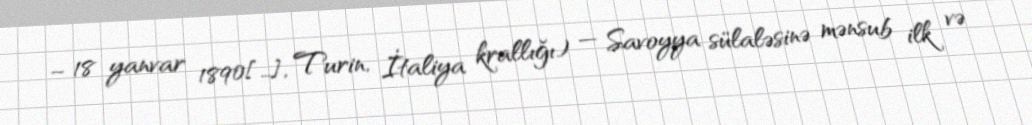
– 18 yanvar 1890[…], Turin, İtaliya krallığı) — Savoyya sülaləsinə mənsub ilk və